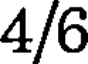
4/6